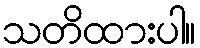
သတိထားပါ။